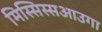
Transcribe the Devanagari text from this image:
मिस्सिस्सआउगा